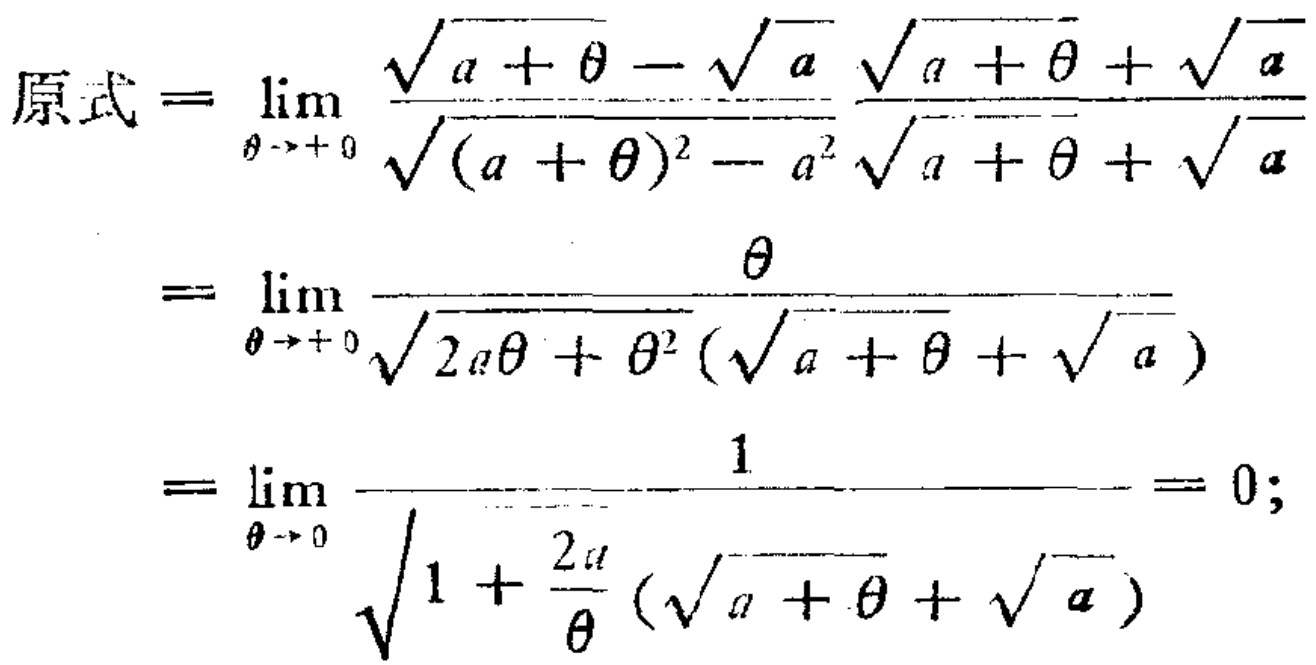
\[
\begin{align*}
原式&=\lim_{\theta \to +0} \frac{\sqrt{a + \theta} - \sqrt{a}}{\sqrt{(a + \theta)^2 - a^2}}\frac{\sqrt{a + \theta} + \sqrt{a}}{\sqrt{a + \theta} + \sqrt{a}}\\
&=\lim_{\theta \to +0} \frac{\theta}{\sqrt{2a\theta + \theta^2}(\sqrt{a + \theta} + \sqrt{a})}\\
&=\lim_{\theta \to 0} \frac{1}{\sqrt{1 + \frac{2a}{\theta}}(\sqrt{a + \theta} + \sqrt{a})}= 0;
\end{align*}
\]